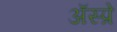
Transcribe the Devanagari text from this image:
ॲस्प्रे